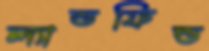
ল্যান্ডফিল্ড